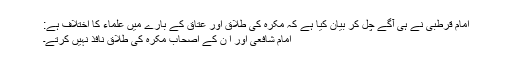
امام قرطبی نے ہی آگے چل کر بیان کیا ہے کہ مکرہ کی طلاق اور عتاق کے بارے میں علماء کا اختلاف ہے:
امام شافعی اور ا ن کے اصحاب مکرہ کی طلاق نافذ نہیں کرتے۔